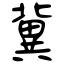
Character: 冀